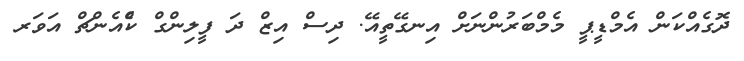
ދޮގެއްކަން އެމްޑީޕީ މެމްބަރުންނަށް އިނގޭތީއޭ. ދިސް އިޒް ދަ ފީލިންގް ކްެއެންޗް އަވަރ